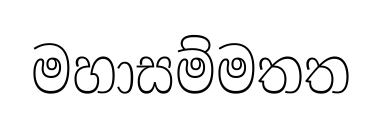
මහාසම්මතත